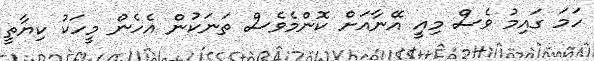
ހަމަ ގައިމު ވެސް މިއީ އޭނާއަށް ކޮންމެވެސް ތަނަކުން އެހެން މީހަކު ކިޔާތީ